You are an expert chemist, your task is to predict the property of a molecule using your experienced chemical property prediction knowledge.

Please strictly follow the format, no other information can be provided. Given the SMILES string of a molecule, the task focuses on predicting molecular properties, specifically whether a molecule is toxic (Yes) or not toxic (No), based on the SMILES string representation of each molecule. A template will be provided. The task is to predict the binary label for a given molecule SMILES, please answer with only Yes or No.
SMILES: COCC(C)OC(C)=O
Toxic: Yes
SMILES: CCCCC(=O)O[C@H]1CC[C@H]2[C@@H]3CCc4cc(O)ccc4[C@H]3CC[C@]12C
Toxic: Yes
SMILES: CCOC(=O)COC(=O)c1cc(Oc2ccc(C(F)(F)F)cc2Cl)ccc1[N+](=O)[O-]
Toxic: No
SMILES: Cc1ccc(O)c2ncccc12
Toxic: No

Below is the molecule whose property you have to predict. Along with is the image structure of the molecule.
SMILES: O=C([O-])c1ccccc1-c1c2cc(Br)c(=O)c(Br)c-2oc2c(Br)c([O-])c(Br)cc12
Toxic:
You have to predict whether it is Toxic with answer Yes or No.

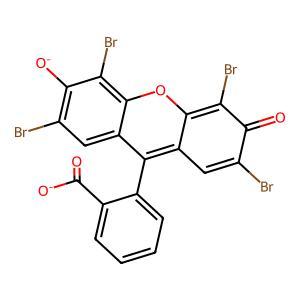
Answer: No